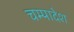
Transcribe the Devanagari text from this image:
चम्पादेश